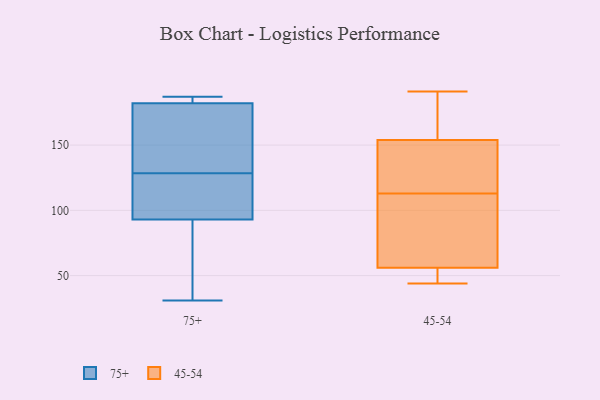
{"axis": {"x": "Gross Profit (USD K)", "y": "Value"}, "legend": ["45-54", "75+"], "data": [{"x": "", "y": 32, "type": "75+"}, {"x": "", "y": 93, "type": "75+"}, {"x": "", "y": 97, "type": "75+"}, {"x": "", "y": 187, "type": "75+"}, {"x": "", "y": 107, "type": "75+"}, {"x": "", "y": 31, "type": "75+"}, {"x": "", "y": 182, "type": "75+"}, {"x": "", "y": 150, "type": "75+"}, {"x": "", "y": 158, "type": "75+"}, {"x": "", "y": 182, "type": "75+"}, {"x": "", "y": 154, "type": "45-54"}, {"x": "", "y": 111, "type": "45-54"}, {"x": "", "y": 125, "type": "45-54"}, {"x": "", "y": 174, "type": "45-54"}, {"x": "", "y": 125, "type": "45-54"}, {"x": "", "y": 115, "type": "45-54"}, {"x": "", "y": 47, "type": "45-54"}, {"x": "", "y": 98, "type": "45-54"}, {"x": "", "y": 44, "type": "45-54"}, {"x": "", "y": 191, "type": "45-54"}, {"x": "", "y": 56, "type": "45-54"}, {"x": "", "y": 95, "type": "45-54"}, {"x": "", "y": 170, "type": "45-54"}, {"x": "", "y": 49, "type": "45-54"}]}